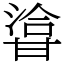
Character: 㽏